Annual report on the Civil Veterinary Department, Burma (including the Insein Veterinary School) - 1910-1922
Year: 1910
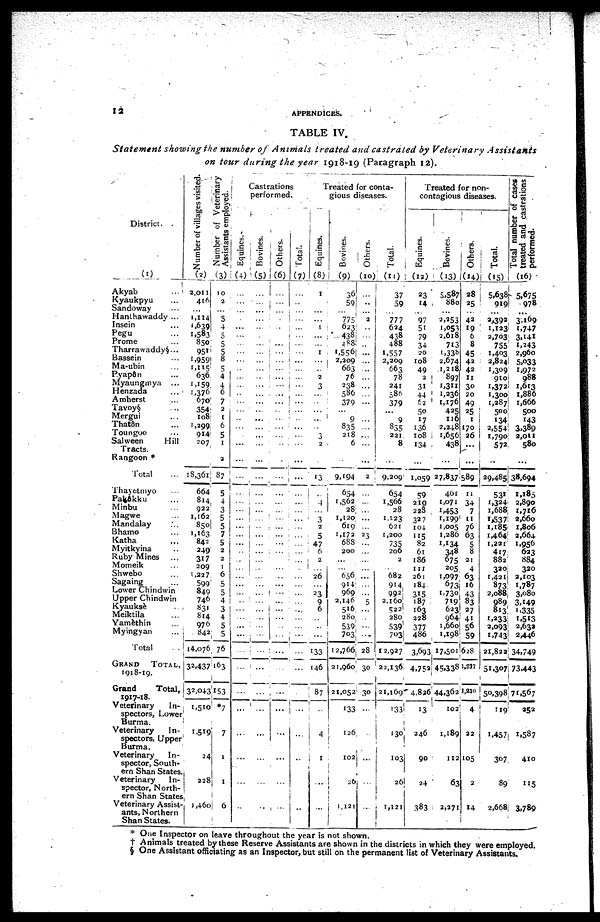
12
APPENDICES.
TABLE IV.
Statement showing the number of Animals treated and castrated by Veterinary
Assistants
on tour during the year 1918-19 (Paragraph 12).
District.
(1)
Akyab
...
Kyaukpyu
Sandoway ...
Hanthawaddy ...
Insein
Pegu
Prome ...
Tharra waddy§ ...
Bassein ...
Ma-ubin
Pyapôn ...
Myaungmya ...
Henzada
Amherst
Tavoy§ ...
Mergui ...
Thatôn ...
Toungoo
Salween
Hill
Tracts.
Rangoon *
Total
Thayetmyo ...
Palôkku ...
Minbu ...
Magwe ...
Mandalay ...
Bhamo ...
Katha
Myitkyina ...
Ruby Mines ...
Momeik ...
Shwebo ...
Sagaing ...
Lower Chindwin
Upper Chindwin
Kyauksè ...
Meiktila ...
Yamèthin ...
Myingyan ...
Total ...
GRAND
TOTAL,
1918-19.
Grand
Total,
1017-18.
Veterinary
In-
spectors, Lower
Burma.
Veterinary
In-
spectors, Upper
Burma.
Veterinary
In-
spector, South-
ern Shan States.
Veterinary
In-
spector, North-
ern Shan States
Veterinary Assist-
ants, Northern
Shan States.
Number of villages visited.
(2)
2,011
416
...
1,114
1,639
1,583
850
951
1,959
1,115
636
1,159,
1,376
670
354
108
1,299
914
207
18,361
664
814
922
1,162
850
1,163
842
249
317
209
1.227
599
849
746
831
814
976
842
14,076
32,437
32,043
1,510
1,519
24
228
1,460
Number of Veterinary
Assistants employed.
(3)
10
2
...
5
4
5
5
5
8
5
4
4
6
7
2
1
6
5
1
2
87
5
4
3
5
5
7
5
2
2
1
6
5
5
4
3
4
5
5
76
163
153
*7
7
1
1
6
Castrations
performed.
Equines.
(4)
...
...
...
...
...
...
...
...
...
...
...
...
...
...
...
...
...
...
...
...
...
...
...
...
...
...
...
...
...
...
...
...
...
...
...
...
...
...
...
...
...
...
...
...
...
...
...
Bovines.
(5)
...
...
...
...
...
...
...
...
...
...
...
...
...
...
...
...
...
...
...
...
...
...
...
...
...
...
...
...
...
...
...
...
...
...
...
...
...
...
...
...
...
...
...
...
...
Others.
(6)
...
...
...
...
...
...
...
...
...
...
...
...
...
...
...
...
...
...
...
...
...
...
...
...
...
...
...
...
...
...
...
...
...
...
...
...
...
...
...
...
...
...
...
...
...
...
Total.
(7)
...
...
...
...
...
...
...
...
...
...
...
...
...
...
...
...
...
...
...
...
...
...
...
...
...
...
...
...
...
...
...
...
...
...
...
...
...
...
...
...
...
...
...
...
...
...
...
...
Treated for conta-
gious diseases.
Equines.
(8)
1
...
...
...
1
...
...
1
...
...
2
3
...
...
...
...
...
3
2
...
13
...
4
...
3
2
5
47
6
2
26
23
9
6
...
...
...
133
146
87
...
4
1
...
Bovines.
(9)
36
59
...
775
623
438
488
1,556
2,209
663
76
238
586
379
...
9
835
218
6
...
9,194
654
1,562
28
1,120
619
1,172
688
200
...
656.
914
969
2,146
516
280
539
703
12,766
21,960
21,052
133
126
102
26
1,121
Others.
(10)
...
...
...
2
...
...
...
...
...
..
...
...
...
...
...
...
...
...
...
...
2
...
...
...
...
...
23
...
...
...
...
...
...
...
5
...
...
...
...
28
30
30
...
...
...
...
...
Total.
(11)
37
59
...
777
624
438
488
1,557
2,209
663
78
241
586
379
...
9
835
221
8
...
9,209
654
1,566
28
1,123
621
1,200
735
206
2
...
682
914.
992
2,160
522
280
539
703
12,927
22,136
21,169
133
130
103
26
1,121
Treated for non-
contagious diseases.
Equines.
(12)
23
14
...
97
51
79
34
20
108
49
2
31
44
62
50
17
136
108
134
...
1,059
59
219
233
327
104
115
82
61
186
111
261
184
315
187
163
228
377
486
3,693
4,752
4,826
13
246
90
24
383
Bovines.
(13)
5,587
880
...
2,353
1,053
2,618
713
1,338
2.674
1,218
897
1,311
1,336
1,176
425
116
2,348
1,656
438
...
27,837
401
1,071
1,453
1,199
1,005
1,286
1,134
348
675
205
1,097
673
1,730
709
623
964
1,660
1,198
17,501
45,338
44,362
102
1,189
112
63
2,271
Others.
(14)
28
25
...
42
19
6
8
45
42
42
11
30
20
49
25
1
170
26
...
...
589
11
34
7
11
76
63
5
8
21
4
63
16
43
83
27
41
56
59
628
1,217
1,210
4
22
105
2
14
Total.
(15)
5,638
919
...
2,392
1,123
2,703
755
1,403
2,824
1,309
910
1,372
1,300
1,287
500
134
2,554
1,790
572
...
29,485
531
1,324
1,688
1,537
1,185
1,464
1,221
417
882
330
1,421
873
2,088
989
813
1,333
2,093
1,743
21,822
51,307
50,398
119
1,457
307
89
2,668
Total number of cases
treated and castrations
performed.
(16)
5,675
978
...
3,169
1,747
3,141
1,243
2,960
5,o33
1,972
988
1,613
1,886
1,666
500
143
3,389
2,011
580
...
38,694
1,185
2,890
1,716
2,660
1,806
2,664
1,956
633
884
320
3,103
1.787
3,080
3,149
1,335
1,513
2,632
2,446
34,749
73,443
71,567
232
1,587
410
115
3,789
* One Inspector on leave throughout the year is not shown.
† Animals treated by these Reserve Assistants are shown in the districts in which they were employed.
§ One Assistant officiating as an Inspector, but still on the permanent list of Veterinary Assistants.